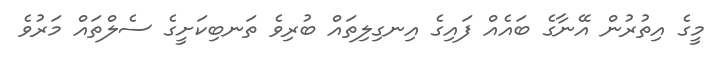
މީގެ އިތުރުން އޭނާގެ ބައެއް ފައިގެ އިނގިލިތައް ބުރިވެ ތަނބިކަށީގެ ސެލްތައް މަރުވެ